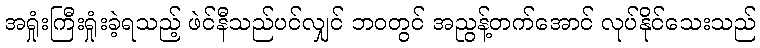
အရှုံးကြီးရှုံးခဲ့ရသည့် ဖဲင်နီသည်ပင်လျှင် ဘဝတွင် အညွန့်တက်အောင် လုပ်နိုင်သေးသည်